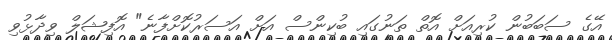
އޭގެ ސަބަބުން ކުރިއަށް އޮތް ތަނުގައި ބުކިންސް އަށް އަސަރުކޮށްފާނެ" އޮފިޝަލް ވިދާޅުވި